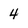
Character: 4